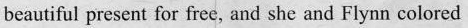
beautiful present for frec, and she and Flynn colored